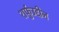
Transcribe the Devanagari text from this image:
शर्फुउद्दीन